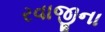
રવાજીના